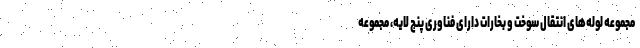
مجموعه لوله‌های انتقال سوخت و بخارات دارای فناوری پنج لایه، مجموعه